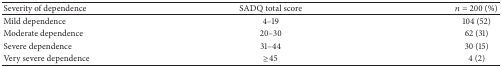
<table><thead><tr><td><b>Severity of dependence</b></td><td><b>SADQ total score</b></td><td><b><i>n</i> = 200 (%)</b></td></tr></thead><tbody><tr><td>Mild dependence</td><td>4–19</td><td>104 (52)</td></tr><tr><td>Moderate dependence</td><td>20–30</td><td>62 (31)</td></tr><tr><td>Severe dependence</td><td>31–44</td><td>30 (15)</td></tr><tr><td>Very severe dependence</td><td>≥45</td><td>4 (2)</td></tr></tbody></table>